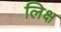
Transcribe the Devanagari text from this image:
लिक्ष